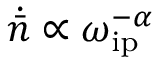
\dot { \bar { n } } \propto \omega _ { \mathrm { i p } } ^ { - \alpha }